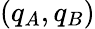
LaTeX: (q_{A},q_{B})